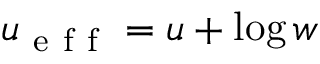
u _ { \mathrm { ~ e ~ f ~ f ~ } } = u + \log w